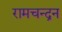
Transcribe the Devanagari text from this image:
रामचन्‍द्रन